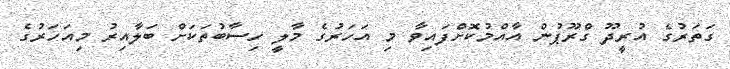
ގަތަރުގެ އުރީދޫ ގްރޫޕުން އާއްމުކޮށްފައިވާ މި އަހަރުގެ މާލީ ހިސާބުތަކަށް ބަލާއިރު މިއަހަރުގެ